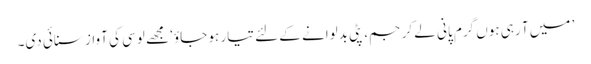
’ میں آ رہی ہوں گرم پانی لے کر جم، پٹی بدلوانے کے لئے تیار ہو جاؤ‘ مجھے لوسی کی آواز سنائی دی۔